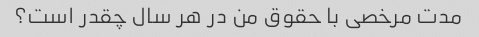
مدت مرخصی با حقوق من در هر سال چقدر است؟